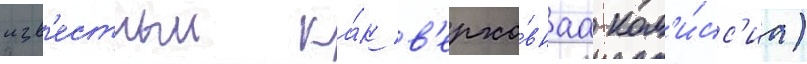
изв'естныи ка́к в'ерхо́внаа ком'и́сс'иа)